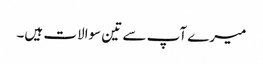
میرے آپ سے تین سوالات ہیں۔